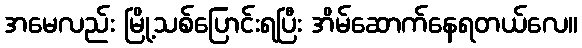
အမေလည်း မြို့သစ်ပြောင်းရပြီး အိမ်ဆောက်နေရတယ်လေ။